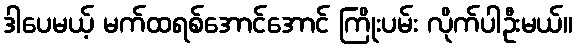
ဒါပေမယ့် မက်ထရစ်အောင်အောင် ကြိုးပမ်း လိုက်ပါဦးမယ်။